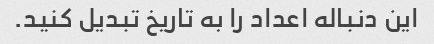
این دنباله اعداد را به تاریخ تبدیل کنید.